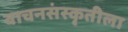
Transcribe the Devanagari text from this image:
वाचनसंस्कृतीला